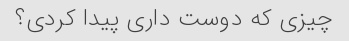
چیزی که دوست داری پیدا کردی؟